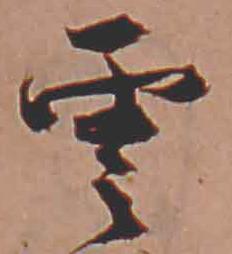
雲